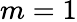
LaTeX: m=1